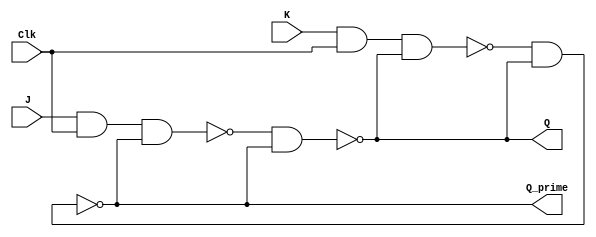
module JK_Flip_Flop(
    input J,
    input K,
    input Clk,
    output Q,
    output Q_prime
);

    wire R, S;

    assign R = ~(J & Clk & Q_prime);
    assign S = ~(K & Clk & Q);

    assign Q = ~(R & Q_prime);
    assign Q_prime = ~(S & Q);

endmodule